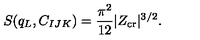
S ( q _ { L } , C _ { I J K } ) = { \frac { \pi ^ { 2 } } { 1 2 } } | Z _ { \mathrm { c r } } | ^ { 3 / 2 } .